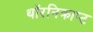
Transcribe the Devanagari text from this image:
थॉरनिक्राप्ट